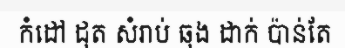
កំដៅ ដុត សំរាប់ ឆុង ដាក់ ប៉ាន់តែ